Calcutta medical institutions reports 1892-1900
Year: 1892
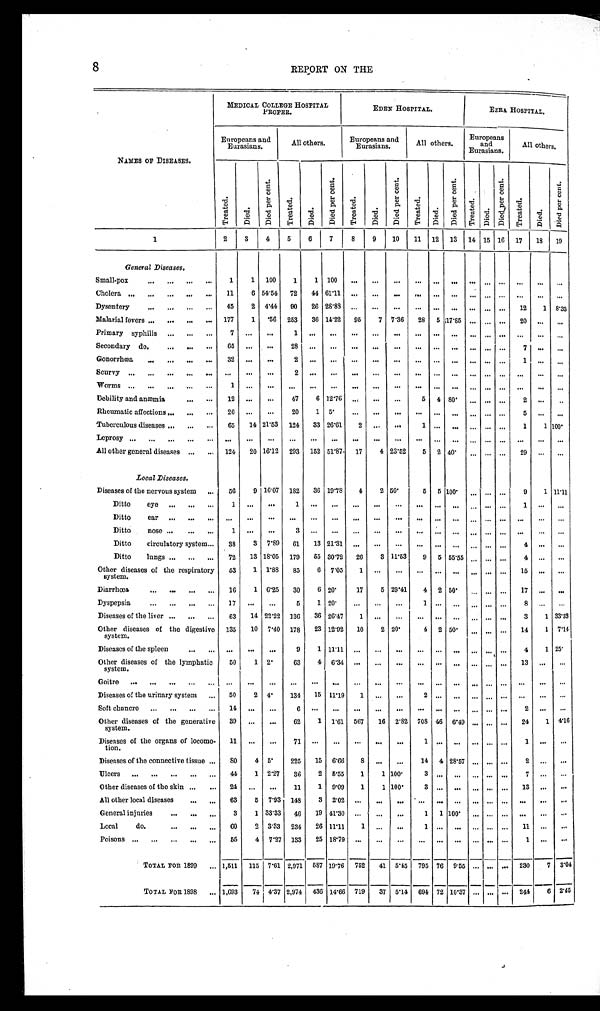
8
REPORT ON THE
NAMES OF DISEASES.
MEDICAL COLLEGE HOSPITAL
PROPER.
EDEN HOSPITAL.
EZRA HOSPITAL.
Europeans and
Eurasians.
All others.
Europeans and
Eurasians.
All others.
Europeans
and
Eurasians.
All others.
Treated.
Died.
Di e d p e r c e n t .
Treat ed.
D i e d .
Di e d p e r c e n t .
Treated.
Died.
Di e d p e r c e n t .
Treat ed.
Died.
Di e d p e r c e n t .
Treated.
Died.
Di e d p e r c e n t .
Treated.
Died.
D i e d p e r c e n t .
1
2
3
4
5
6
7
8
9
10
11
12
13
14 15 16
17
18
19
General Diseases.
Small-pox
. . .
1
1
100
1
1 100
. . .
. . .
. . .
. . .
. . .
. . .
. . .
. . .
. . .
. . .
. . .
. . .
Cholera
. . .
11
6 54.54
72
44 61.11
. . .
. . .
. . .
. . .
. . .
. . .
. . .
. . .
. . .
. . .
. . .
. . .
D y s e n t e r y . . .
45
2
4.44
90
26 28.88
. . .
. . .
. . .
. . .
. . .
. . .
. . .
. . .
. . .
12
1
8.33
Malarial fevers . . .
177
1
.56
253
36 14.22
95
7 7.36
28
5 17.85
. . .
. . .
. . .
20
. . .
. . .
Primary syphilis
. . .
7
. . .
. . .
1
. . .. . .
. . .
. . .. . .
. . .
. . .
. . .
. . .
. . .
. . .
. . . . . .
. . .
Secondary do.
. . .
6 5
. . .
. . . 28
. . .. . .
. . .
. . .. . .
. . .
. . .
. . .
. . .
. . .
. . .
7 . . .
. . .
Gonorrhœa
. . .
32
. . .
. . .
2
. . .. . .
. . .
. . .. . .
. . .
. . .
. . .
. . .
. . .
. . .
1 . . .
. . .
Scurvy . . .
. . .
. . .
. . .
2 . . .
. . .
. . .
. . .. . .
. . .
. . .
. . .
. . .
. . .
. . .
. . . . . .
. . .
Worms
. . .
1
. . .
. . .
. . .
. . .. . .
. . .
. . .. . .
. . .
. . .
. . .
. . .
. . .
. . .
. . . . . .
. . .
Debility and anæmia . . .
1 2
. . .
. . .
4 7
6 12.76 . . .
. . .
. . .
5
4 80.
. . . . . . . . .
2 . . .
. . .
Rheumatic affections . . .
26
. . .
. . .
20
1
5.
. . .
. . .
. . .
. . .
. . . . . .
. . . . . . . . .
. . . . . .
. . .
Tuberculous diseases . . .
65
14 21.53
124
33 26.61
2
. . .
. . . . . .
. . . . . .
. . . . . . . . .
1
1 100.
L e p r o s y . . .
. . .
. . .
. . .. . .
. . .. . .
. . .. . .
. . .
. . .
. . . . . .
. . . . . . . . .
. . .. . .
. . .
All other general diseases
. . . 124
20 16.12
293
152 51.87.
17
4 23.52
5
2 40.
. . .
. . .
. . .
29
. . .
. . .
Local Diseases.
Diseases of the nervous system . . .
5 6
9 16.07
182
36 19.78
4
2 50.
5
5 100.
. . . . . . . . .
9
1 11.11
Ditto eye . . .
1
. . .
. . .
1 . . .
. . .
. . .
. . .
. . .
. . .
. . . . . .
. . . . . . . . .
1
. . .
. . .
D i t t o e a r . . .
. . .
. . .
. . .
. . .. . .
. . .
. . .
. . .
. . .
. . .
. . . . . .
. . . . . . . . .
. . .
. . .
. . .
Ditto nose . . .
1
. . .
. . .
3 . . .
. . .
. . .
. . .
. . .
. . .
. . . . . .
. . . . . . . . .
. . .
. . .
. . .
Ditto circulatory system. . .
38
3
7.89
61
13 21.31
. . .
. . .
. . .
. . .
. . .
. . .
. . . . . . . . .
4
. . .
. . .
Ditto lungs
. . .
72
13 18.05
179
55 30.72
26
3 11.53
9
5 55.55 . . . . . . . . .
4
. . .
. . .
Other diseases of the respiratory system.
53
1
1.88
85
6
7.05
1
. . .
. . .
. . .
. . .
. . .
. . . . . . . . .
15
. . .
. . .
D i a r r h œ a . . .
16
1
6.25
30
6 20.
17
5 29.41
4
2 50.
. . . . . . . . .
17
. . .
. . .
Dyspepsia
. . .
17
. . .
. . .
5
1 20.
. . .
. . .
. . .
1
. . .
. . . . . . . . . . . .
8.
. . .
. . .
Diseases of the liver
. . .
63
14 22.22
136
36 26.47
1
. . .
. . .
. . .
. . .
. . . . . .
. . . . . .
3
1 33.33
Other diseases of the digestive
system.
135
10
7.40
178
23 12.92
10
2 20.
4
2 50.
. . .
. . . . . .
14
1
7.14
Diseases of the spleen
. . .
. . .
. . .
. . .
9
1 11.11 . . .
. . .
. . .
. . .
. . .
. . .
. . . . . . . . .
4
1 25.
Other diseases of the lymphatic
system.
50
1
2.
6 3
4
6 . 3 4. . .
. . . . . .
. . .
. . . . . .
. . . . . . . . .
1 3 .. . .
. . .
G o i t r e . . .
. . .
. . .
. . . . . .
. . .
. . .
. . .
. . . . . .
. . .
. . .
. . . . . . . . . . . . . . .
. . .
. . .
Diseases of the urinary system
. . .
50
2
4 .
134
15 11.19
1
. . .
. . .
2
. . .
. . . . . . . . . . . . . . .
. . .
. . .
Soft chancre
. . .
14
. . .
. . .
6
. . .
. . .
. . .
. . .
. . .
. . .
. . .
. . .
. . . . . . . . .
2.. . .
. . .
Other diseases of the generative
system.
39
. . .
. . .
62
1
1.61
567
16
2.82
708 46
6.49 . . . . . .
24
1
4.16
Diseases of the organs of locomo-
tion.
11
. . .
. . .
71
. . .
. . .
. . .
. . .
. . .
1 . . . . . .
. . . . . . . . . 1
. . .
. . .
Diseases of the connective tissue . . .
8 0
4 5.
225
15
6.66
8
. . .
. . .
14
4 28.57
. . .
. . .
. . .
2
. . .
. . .
Ulcers
. . .
44
1 2.27
36
2 5.55
1
1 100.
3
. . .
. . .
. . .
. . .
. . .
7
. . .
. . .
Other diseases of the skin
. . .
24
. . .
. . .
11
1
9.09
1
1 100.
3
. . .
. . .
. . .
. . .
. . .
1 3
. . .
. . .
All other local diseases
. . .
63
5
7.93
148
3
2.02
. . .
. . .
. . .
. . .
. . .
. . .
. . .
. . .
. . .
. . .
. . .
. . .
General injuries
. . .
3
1 33.33
46
19 41.30
. . .
. . .
. . .
1
1 100.
. . .
. . .
. . .
. . .
. . .
. . .
Local do.
. . .
6 0
2
3.33
234
26 11.11
1
. . .
. . .
1
. . .
. . .
. . .
. . .
. . .
1 1
. . .
. . .
Poisons
. . .
55
4
7.27
133
25 18.79
. . .
. . .
. . .
. . .
. . .
. . .
. . .
. . .
. . .
1
. . .
. . .
TOTAL FOR 1899
. . . 1,511
115 7.61 2,971
587 19.76
752
41
5.45
795 76
9.55
. . .
. . .
. . . 230
7
3.04
TOTAL FOR 1898 . . . 1,693
74 4 . 3 7
2,974
436 14.66
719
37
5.14
694 72 10.37
. . .
. . .
. . .
244
6 2.45